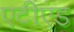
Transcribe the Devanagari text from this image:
एटीएंड